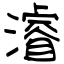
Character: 濬